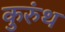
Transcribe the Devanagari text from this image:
कुरुंथ